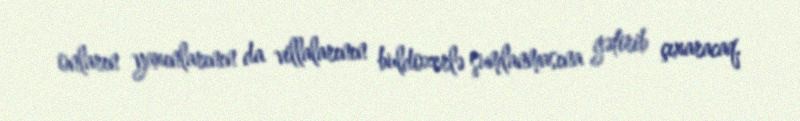
onların yaxınlarının da villalarının buldozerlə şumlanmasına gətirib çıxaracaq.